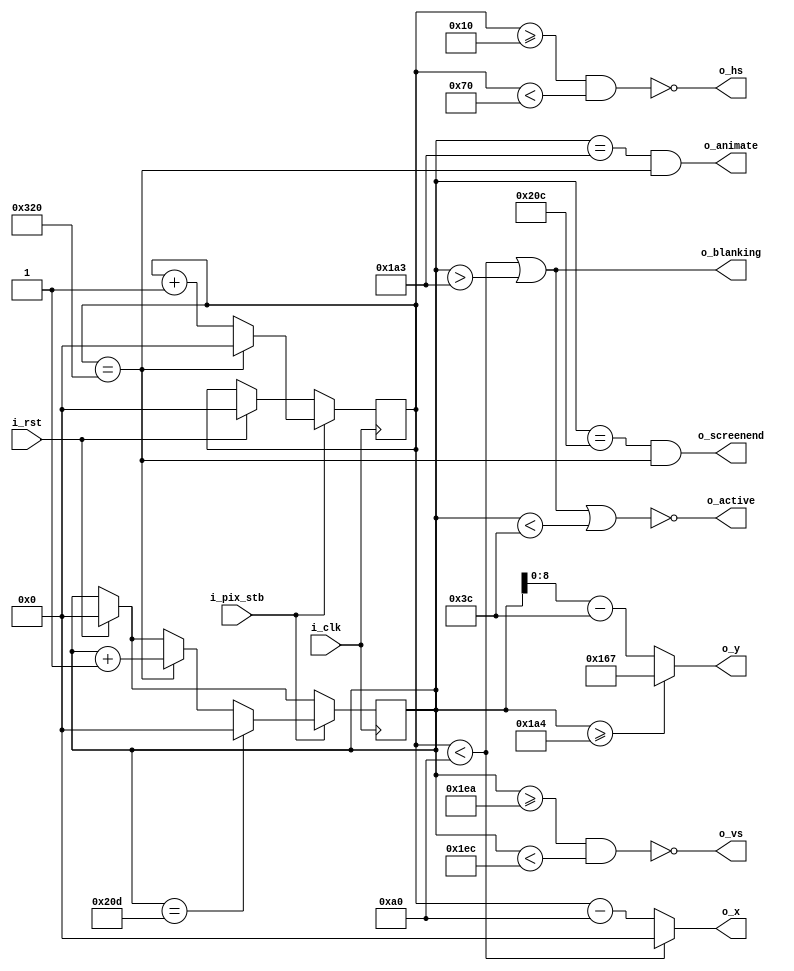
// FPGA VGA Graphics Part 2: 640x360 60Hz VGA Driver
// (C)2018-2019 Will Green - Licensed under the MIT License
// Learn more at https://timetoexplore.net/blog/arty-fpga-vga-verilog-02

// For 60 Hz VGA i_pix_stb should be 25.175 MHz, but 25 MHz often works
// Details in tutorial: https://timetoexplore.net/blog/arty-fpga-vga-verilog-01

`default_nettype none

module vga640x360(
    input wire i_clk,           // base clock
    input wire i_pix_stb,       // pixel clock strobe
    input wire i_rst,           // reset: restarts frame
    output wire o_hs,           // horizontal sync
    output wire o_vs,           // vertical sync
    output wire o_blanking,     // high during blanking interval
    output wire o_active,       // high during active pixel drawing
    output wire o_screenend,    // high for one tick at the end of screen
    output wire o_animate,      // high for one tick at end of active drawing
    output wire [9:0] o_x,      // current pixel x position
    output wire [8:0] o_y       // current pixel y position
    );

    // VGA timings https://timetoexplore.net/blog/video-timings-vga-720p-1080p
    localparam HS_STA = 16;              // horizontal sync start
    localparam HS_END = 16 + 96;         // horizontal sync end
    localparam HA_STA = 16 + 96 + 48;    // horizontal active pixel start
    localparam VS_STA = 480 + 10;        // vertical sync start
    localparam VS_END = 480 + 10 + 2;    // vertical sync end
    localparam VA_STA = 60;              // vertical active pixel start
    localparam VA_END = 420;             // vertical active pixel end
    localparam LINE   = 800;             // complete line (pixels)
    localparam SCREEN = 525;             // complete screen (lines)

    reg [9:0] h_count;  // line position
    reg [9:0] v_count;  // screen position

    // generate sync signals (active low for 640x480)
    assign o_hs = ~((h_count >= HS_STA) & (h_count < HS_END));
    assign o_vs = ~((v_count >= VS_STA) & (v_count < VS_END));

    // keep x and y bound within the active pixels
    assign o_x = (h_count < HA_STA) ? 0 : (h_count - HA_STA);
    assign o_y = (v_count >= VA_END) ? 
                    (VA_END - VA_STA - 1) : (v_count - VA_STA);

    // blanking: high within the blanking period
    assign o_blanking = ((h_count < HA_STA) | (v_count > VA_END - 1));

    // active: high during active pixel drawing
    assign o_active = ~((h_count < HA_STA) | 
                        (v_count > VA_END - 1) | 
                        (v_count < VA_STA));

    // screenend: high for one tick at the end of the screen
    assign o_screenend = ((v_count == SCREEN - 1) & (h_count == LINE));

    // animate: high for one tick at the end of the final active pixel line
    assign o_animate = ((v_count == VA_END - 1) & (h_count == LINE));

    always @ (posedge i_clk)
    begin
        if (i_rst)  // reset to start of frame
        begin
            h_count <= 0;
            v_count <= 0;
        end
        if (i_pix_stb)  // once per pixel
        begin
            if (h_count == LINE)  // end of line
            begin
                h_count <= 0;
                v_count <= v_count + 1;
            end
            else 
                h_count <= h_count + 1;

            if (v_count == SCREEN)  // end of screen
                v_count <= 0;
        end
    end
endmodule